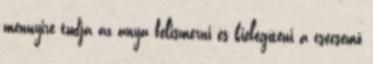
mennyire tudja az anya felismerni és kielégíteni a csecsemő